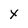
Character: x